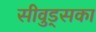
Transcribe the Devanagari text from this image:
सीवुड्सका